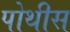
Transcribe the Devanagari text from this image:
पोथीस